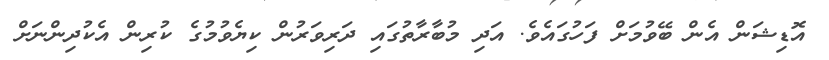
އޮޑިޝަން އެން ބޭވުމަށް ފަހުގައެވެ. އަދި މުބާރާތުގައި ދަރިވަރުން ކިޔެވުމުގެ ކުރިން އެކުދިންނަށް